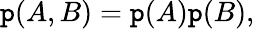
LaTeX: \mathtt{p}(A,B)=\mathtt{p}(A)\mathtt{p}(B),